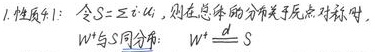
1. 性质1：令\(S = \sum\limits_{i} \alpha_{i}\)，则在总体的分布关于原点对称时，\(W^{+}\)与\(S\)同分布：\(W^{+} \stackrel{d}{=} S\)